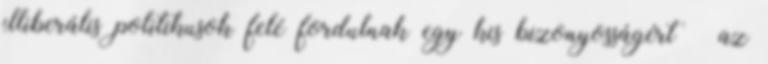
illiberális politikusok felé fordulnak egy kis bizonyosságért – az